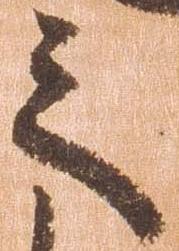
之